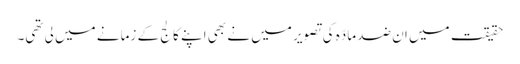
حقیقت میں ان ضد مادّہ کی تصویر میں نے بھی اپنے کالج کے زمانے میں لی تھی۔